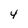
Character: 4